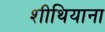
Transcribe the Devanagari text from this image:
शीथियाना